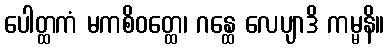
ပေါတ္ထကံ မကစိဝတ္ထေ၊ ဂန္ထေ လေပျာဒိ ကမ္မနိ။